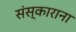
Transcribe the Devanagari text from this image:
संस्काराना